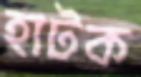
হাটক